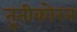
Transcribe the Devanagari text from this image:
तूतीकोरन